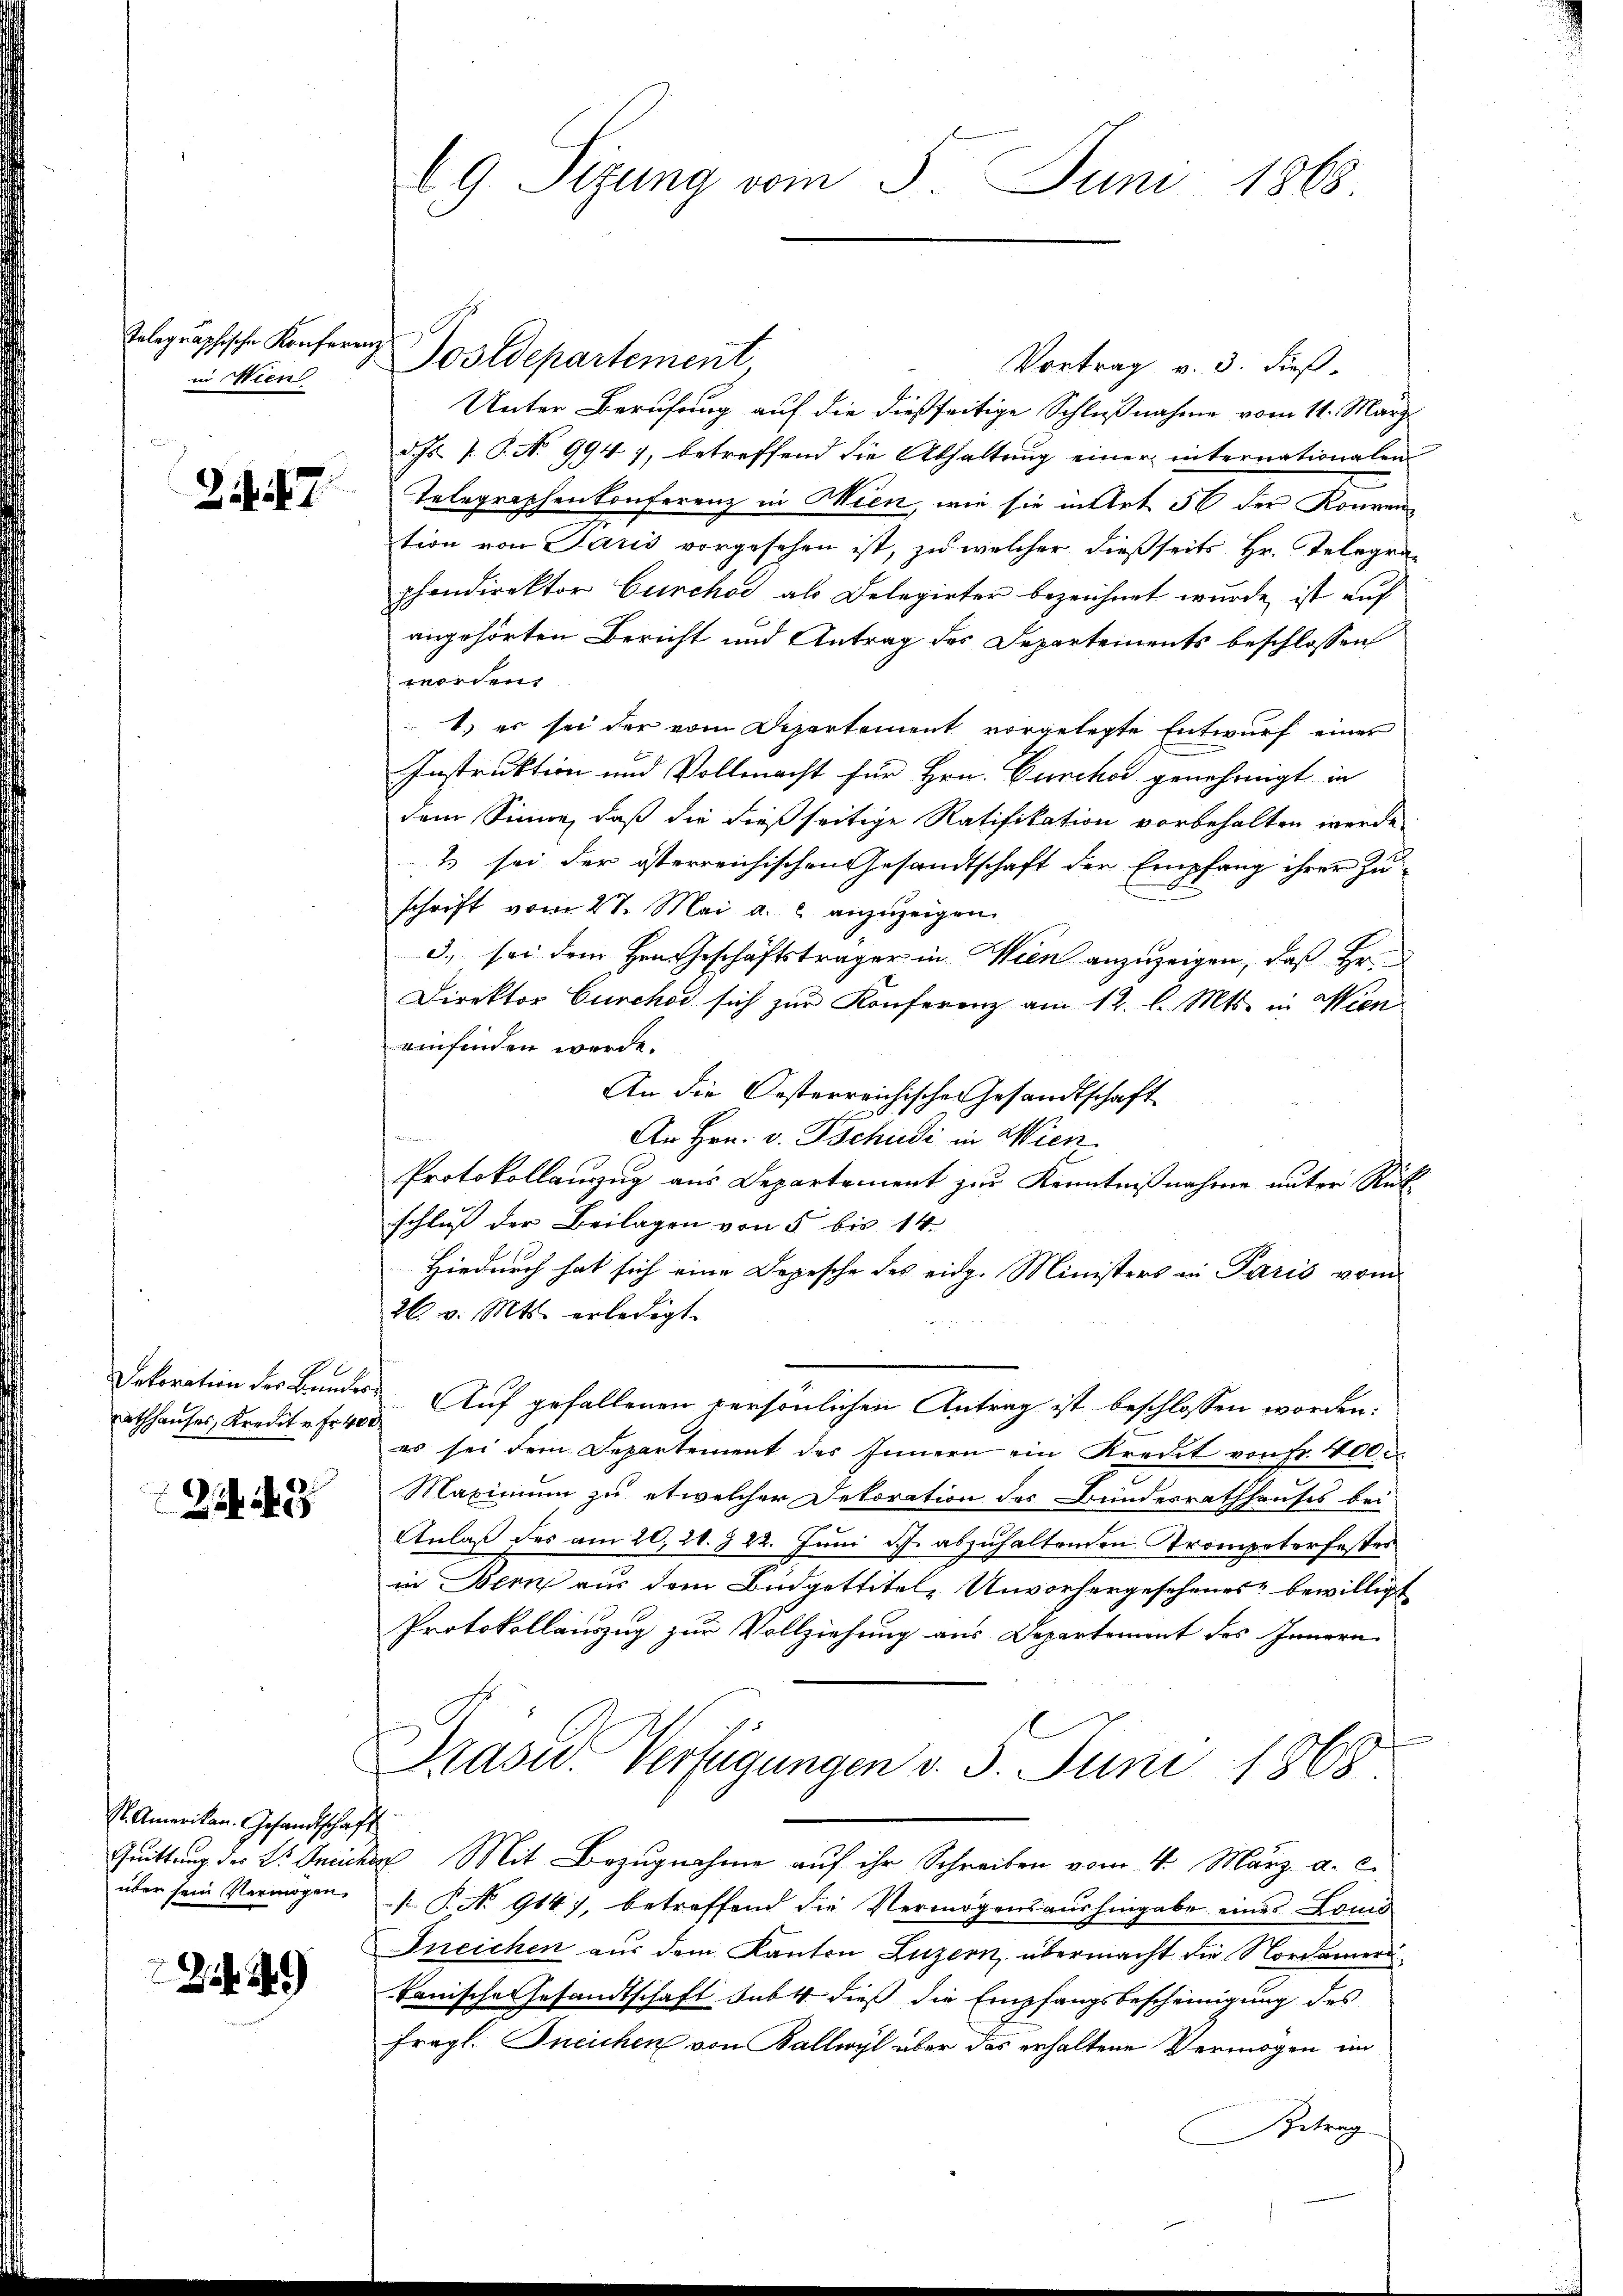
Telegraphische Konferenz
in Wien

Zif. 7

.
Rathhauses, Kredit v. Fr. 400

249

St. Amerikan. Gesandtschaft
über sein Vermögen.

2239

19. Sizung vom 5. Juni 1868

Postdepartement
Vortrag v. 3. dieß.
Unter Berufung auf die dießseitige Schlußnahme vom 11. März.
d Hs. J. P. No 994 7, betreffend die Abhaltung einer internationalen
Telegraphen Conferenz in Wien, wie sie in Art 56 der Konvention von Jaris vorgesehen ist, zu welcher dießseits Hr. Telegraphendirektor Curchor als Delegirter bezeichnet wurde ist auf
angehörten Bericht und Antrag des Departements beschlossen
worden.
1) er sei der vom Departement vorgelegte Entwurf einer
Instruktion und Vollmacht für Hrn. Curcha genehmigt in
dem Sinne, daß die dießseitige Ratifikation vorbehalten werde
& sei der österreichischen Gesandtschaft der Empfang ihrer Zu-
schrift vom 27. Mai a. c. anzuzeigen.
3. sei dem Hrn. Geschäftsträger in Wien anzuzeigen, daß Hr.
Direktor Curchor sich zur Konferenz am 12. l. Mts. in Wien
einfinden werde.
An die Oesterreichische Gesandtschaft
n
u
An Hrn. v. Tschudi in Wien
Protokollanzug aus Departement zur Kenntnißnahme unter Rück-
schluß der Beilagen von 5 bis 14.
Hiedurch hat sich eine Depesche des eidg. Ministers in Paris vom
26. v. Mts. erledigt.
Dekoration des Bundes Auf gefallenen persönlichen Antrag ist beschlossen worden:
es sei dem Departement des Innern ein Kredit von Fr. 400
Maximum zu etwelcher Dekoration des Bunderrathhauses bei
Anlaß des am 20. 20. 722. Juni d. Js. abzuhaltenden Trompeter fester
in Bern aus dem Büdgettitel, Unvorhergesehenes bewilligt
Protokollauszug zur Vollziehung aus Departement des Innern
Präsid. Verfügungen v. 5. Juni 1868
Zuittung des Dr. Ansichen Mit Bezugnahme auf ihr Schreiben vom 4. März a. c.
 P. No 914), betreffend die Vermögensaushingabe eines Lomo
Ineichen aus dem Kanton Luzern, übermacht die Nordameri¬
Tanische Gesandtschaft subt dieß die Empfangsbescheinigung des
fragl. Ineichen von Kallwyl über das erhaltene Vermögen im
etrag